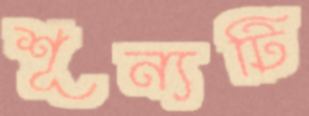
শূন্যটি